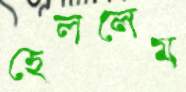
হেললেম